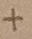
Text: +